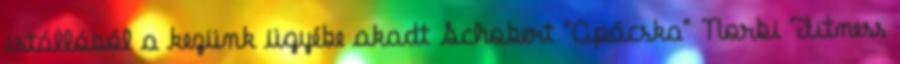
istállóból a kezünk ügyébe akadt Schobert "Apácska" Norbi Fitness